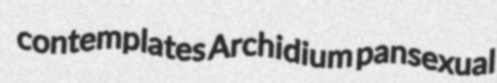
contemplates Archidium pansexual